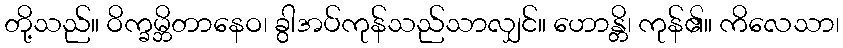
တို့သည်။ ဝိက္ခမ္ဘိတာနေဝ၊ ခွါအပ်ကုန်သည်သာလျှင်။ ဟောန္တိ၊ ကုန်၏။ ကိလေသာ၊